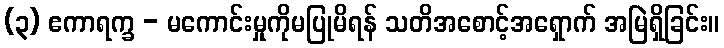
(၃) ဧကာရက္ခ - မကောင်းမှုကိုမပြုမိရန် သတိအစောင့်အရှောက် အမြဲရှိခြင်း။